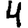
Digit: 4